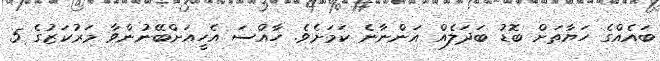
ބައެއްގެ ހަޔާތަށް ބޮޑު ބަދަލެއް އަންނާނެ ކަމަށެވެ. ހާއްސަ އެހީއަށްބޭނުންވާ މަރުކަޒުގެ 5